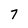
Character: 7